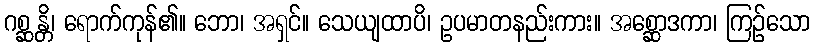
ဂစ္ဆန္တိ၊ ရောက်ကုန်၏။ ဘော၊ အရှင်။ သေယျထာပိ၊ ဥပမာတနည်းကား။ အစ္ဆောဒကာ၊ ကြဉ်သော